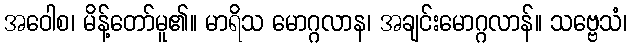
အဝေါစ၊ မိန့်တော်မူ၏။ မာရိသ မောဂ္ဂလာန၊ အချင်းမောဂ္ဂလာန်။ သဗ္ဗေသံ၊